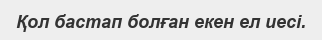
Қол бастап болған екен ел иесі.